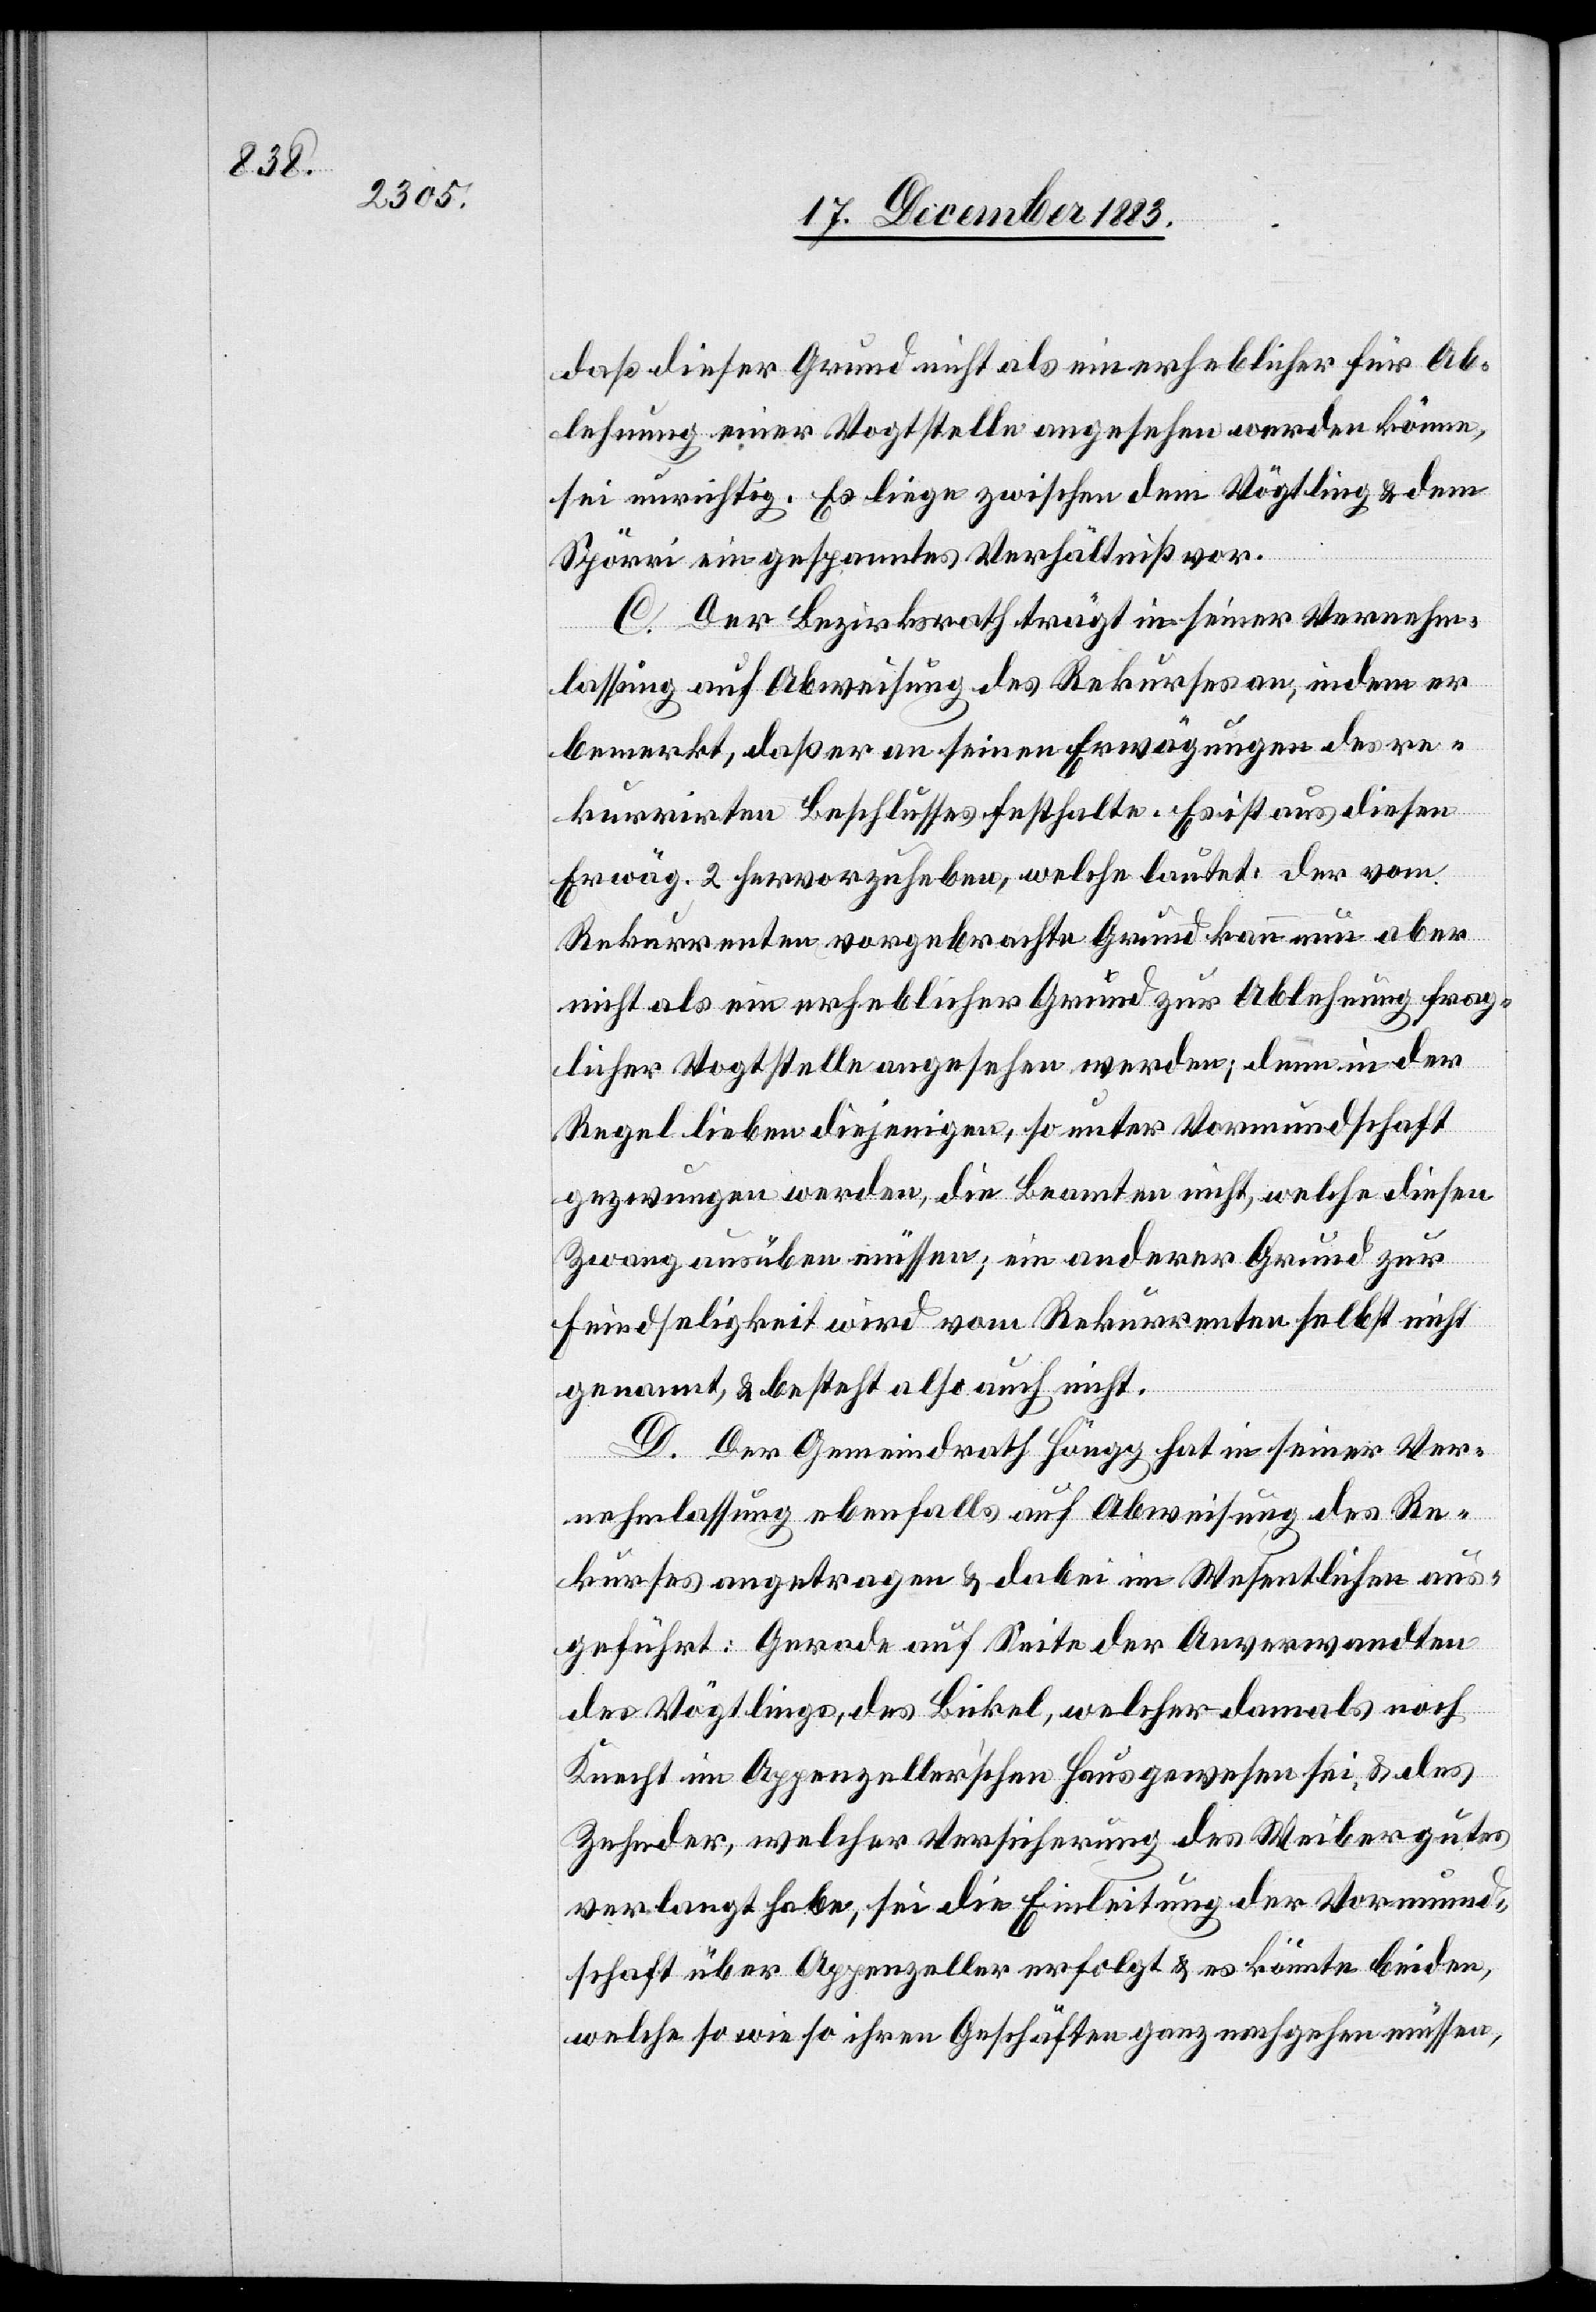
daß dieser Grund nicht als ein erheblicher für Ab¬
lehnung einer Vogtstelle angesehen werden könne,
sei unrichtig. Es liege zwischen dem Vögtling & dem
Spörri ein gespanntes Verhältniß vor.
C. Der Bezirksrath trägt in seiner Vernehm¬
lassung auf Abweisung des Rekurses an, indem er
bemerkt, daß er an seinen Erwägungen des re¬
kurrirten Beschlusses festhalte. Es ist aus diesen
Erwäg. 2 hervorzuheben, welche lautet: der vom
Rekurrenten vorgebrachte Grund kann nun aber
nicht als ein erheblicher Grund zur Ablehnung frag¬
licher Vogtstelle angesehen werden, denn in der
Regel lieben diejenigen, so unter Vormundschaft
gezwungen werden, die Beamten nicht, welche diesen
Zwang ausüben müssen; ein anderer Grund zur
Feindseligkeit wird vom Rekurrenten selbst nicht
genannt, & besteht also auch nicht.
D. Der Gemeindrath Höngg hat in seiner Ver¬
nehmlassung ebenfalls auf Abweisung des Re¬
kurses angetragen & dabei im Wesentlichen aus¬
geführt: Gerade auf Seite der Anverwandten
des Vögtlings, des Bickel, welcher damals noch
Knecht im Appenzeller’schen Haus gewesen sei, & des
Zehnder, welcher Versicherung des Weibergutes
verlangt habe, sei die Einleitung der Vormund¬
schaft über Appenzeller erfolgt & es könnte beiden,
welche so wie so ihren Geschäften ganz nachgehen müssen,